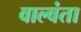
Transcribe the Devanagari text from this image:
वाल्वंता